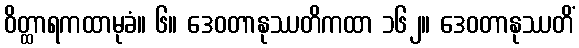
ဝိတ္ထာရကထာမုခံ။ ၆။ ဒေဝတာနုဿတိကထာ ၁၆၂။ ဒေဝတာနုဿတိံ